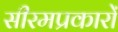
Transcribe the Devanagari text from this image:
सीरमप्रकारों